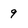
Character: 9